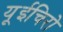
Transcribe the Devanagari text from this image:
यूईचिरो